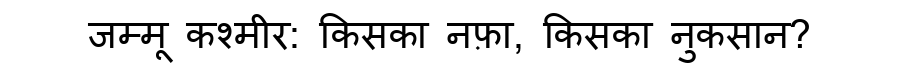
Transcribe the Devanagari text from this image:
जम्मू कश्मीर: किसका नफ़ा, किसका नुकसान?